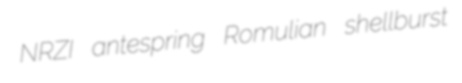
NRZI antespring Romulian shellburst